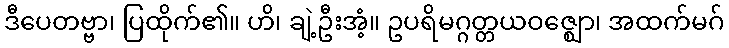
ဒီပေတဗ္ဗာ၊ ပြထိုက်၏။ ဟိ၊ ချဲ့ဦးအံ့။ ဥပရိမဂ္ဂတ္တယဝဇ္ဈော၊ အထက်မဂ်